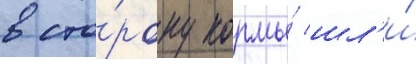
в сто́рону кормы́ шл'и́